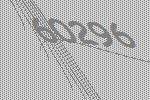
60296